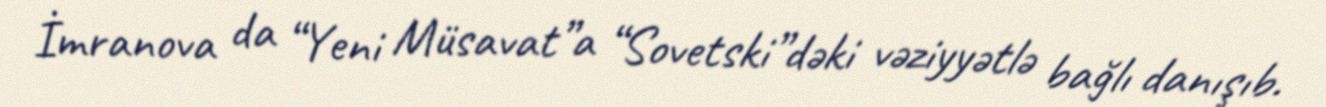
İmranova da “Yeni Müsavat”a “Sovetski”dəki vəziyyətlə bağlı danışıb.